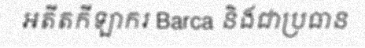
អតីតកីឡាករ Barca និងជាប្រធាន